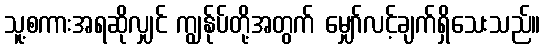
သူ့စကားအရဆိုလျှင် ကျွန်ုပ်တို့အတွက် မျှော်လင့်ချက်ရှိသေးသည်။